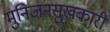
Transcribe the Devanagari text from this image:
मुनिजनसुखकारी